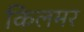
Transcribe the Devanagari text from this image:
किलमर